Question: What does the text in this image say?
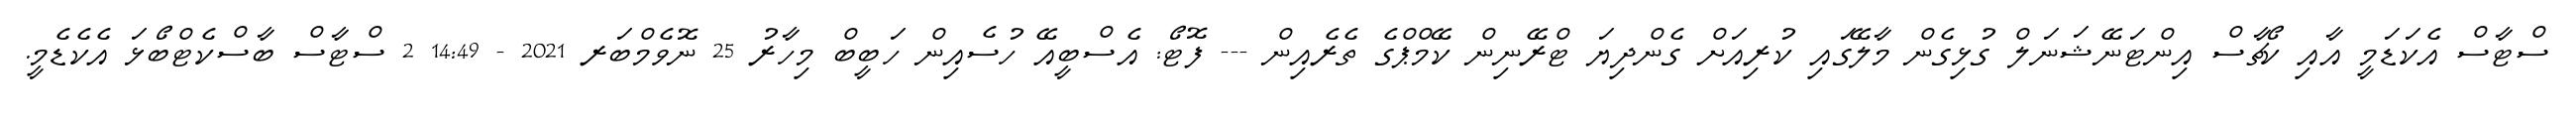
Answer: ސްޓާސް އެކަޑަމީ އާއި ކޯޗާސް އިންޓަނޭޝަނަލް ގުޅިގެން މާލޭގައި ކުރިއަށް ގެންދިޔަ ޓްރޭނިން ކޭމްޕްގެ ތެރެއިން --- ފޮޓޯ: އެސްބީއޭ ހުސެއިން ހަބީބް މިހާރު 25 ނޮވެމްބަރ 2021 - 14:49 2 ސްޓާސް ބާސްކެޓްބޯޅަ އެކެޑެމީ.